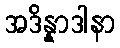
အဒိန္နာဒါနာ